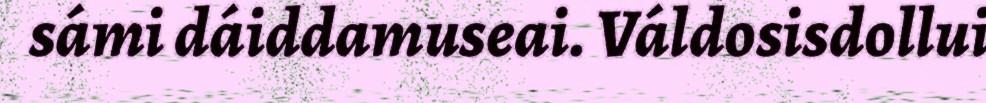
sámi dáiddamuseai. Váldosisdollui